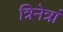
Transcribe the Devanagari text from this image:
त्रिनेत्रां